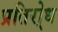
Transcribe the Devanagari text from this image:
प्रतिरो्ध